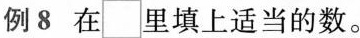
例8在里□填上适当的数。